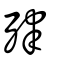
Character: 肂